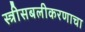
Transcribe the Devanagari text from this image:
स्त्रीसबलीकरणाचा